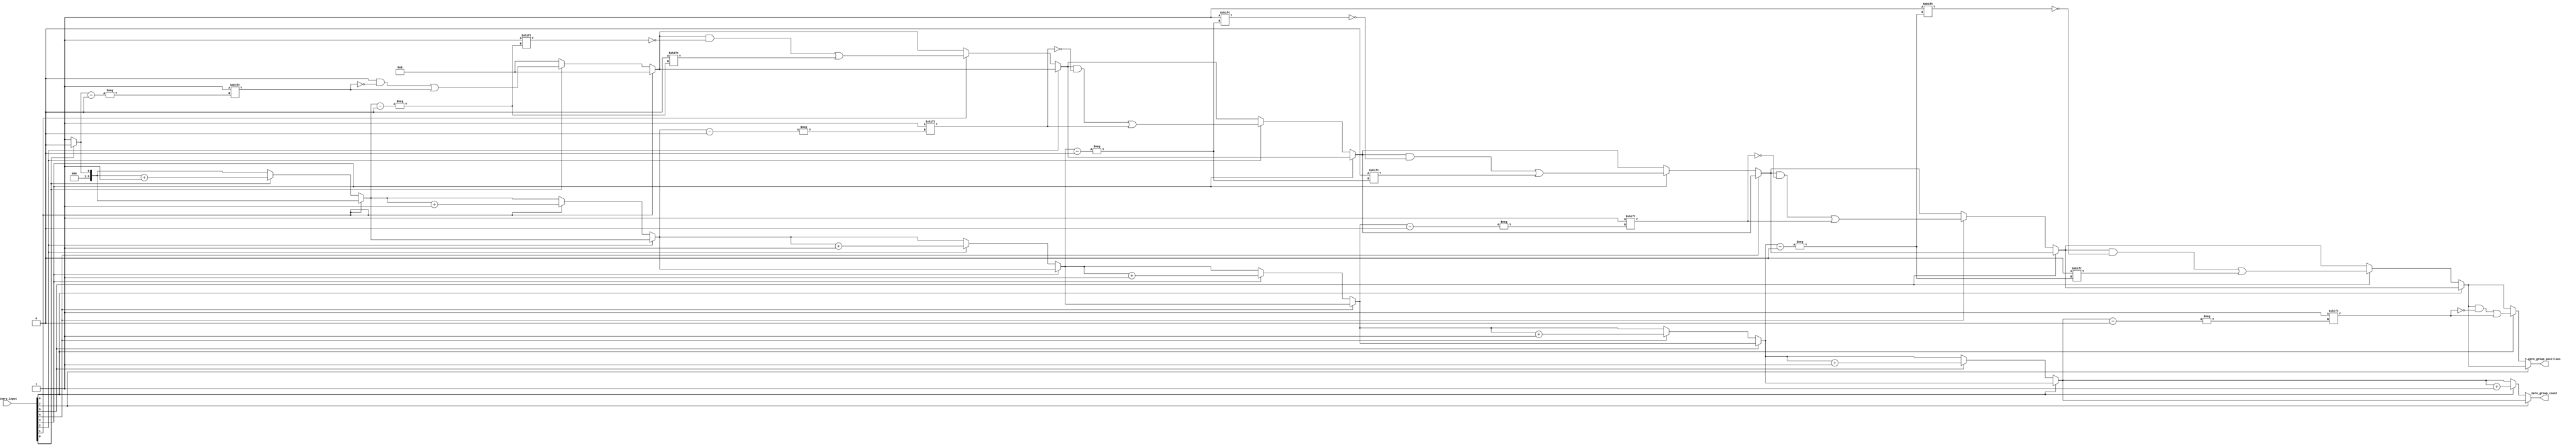
module ZeroGrouping #(parameter N = 8, // Define the size of the input vector
                      parameter M = N) // Define the max number of zero groups
(
    input  wire [N-1:0] binary_input, // N-bit binary input vector
    output reg  [3:0] zero_group_count, // Count of zero groups (can be adjusted based on expected max groups)
    output reg [M-1:0] zero_group_positions // Positions of zero groups
);

    integer i;
    reg in_zero_group;

    always @(*) begin
        zero_group_count = 0; // Initialize count
        zero_group_positions = {M{1'b0}}; // Initialize positions to zero
        in_zero_group = 0; // Initialize state

        for (i = 0; i < N; i = i + 1) begin
            if (binary_input[i] == 0) begin
                // If we encounter a zero
                if (!in_zero_group) begin
                    // If we are not already in a zero group, start a new one
                    zero_group_positions[zero_group_count] = i; // Store the position
                    zero_group_count = zero_group_count + 1; // Increment the count
                    in_zero_group = 1; // Set the state to in a zero group
                end
            end else begin
                // If we encounter a one
                in_zero_group = 0; // We are no longer in a zero group
            end
        end

        // Edge case: If the last bit is 0, we have already accounted for it in the loop
    end

endmodule